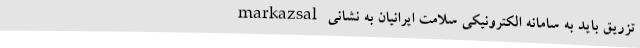
تزریق باید به سامانه الکترونیکی سلامت ایرانیان به نشانی markazsal